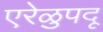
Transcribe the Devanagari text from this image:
एरेळुपदू